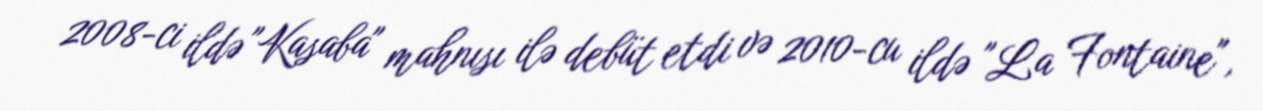
2008-ci ildə "Kasaba" mahnısı ilə debüt etdi və 2010-cu ildə "La Fontaine",